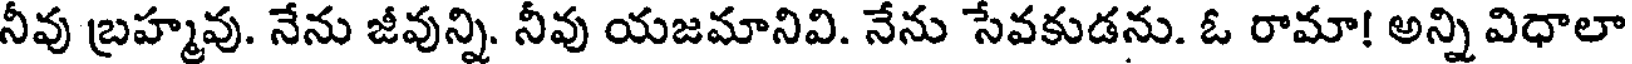
నీవు బ్రహ్మవు. నేను జీవున్ని. నీవు యజమానివి. నేను సేవకుడను. ఓ రామా! అన్ని విధాలా